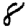
Digit: 8